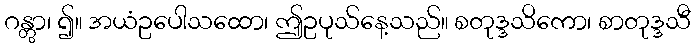
ဂန္တွာ၊ ၍။ အယံဥပေါသထော၊ ဤဥပုသ်နေ့သည်။ စတုဒ္ဒသိကော၊ စာတုဒ္ဒသီ